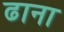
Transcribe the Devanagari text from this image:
ढाना